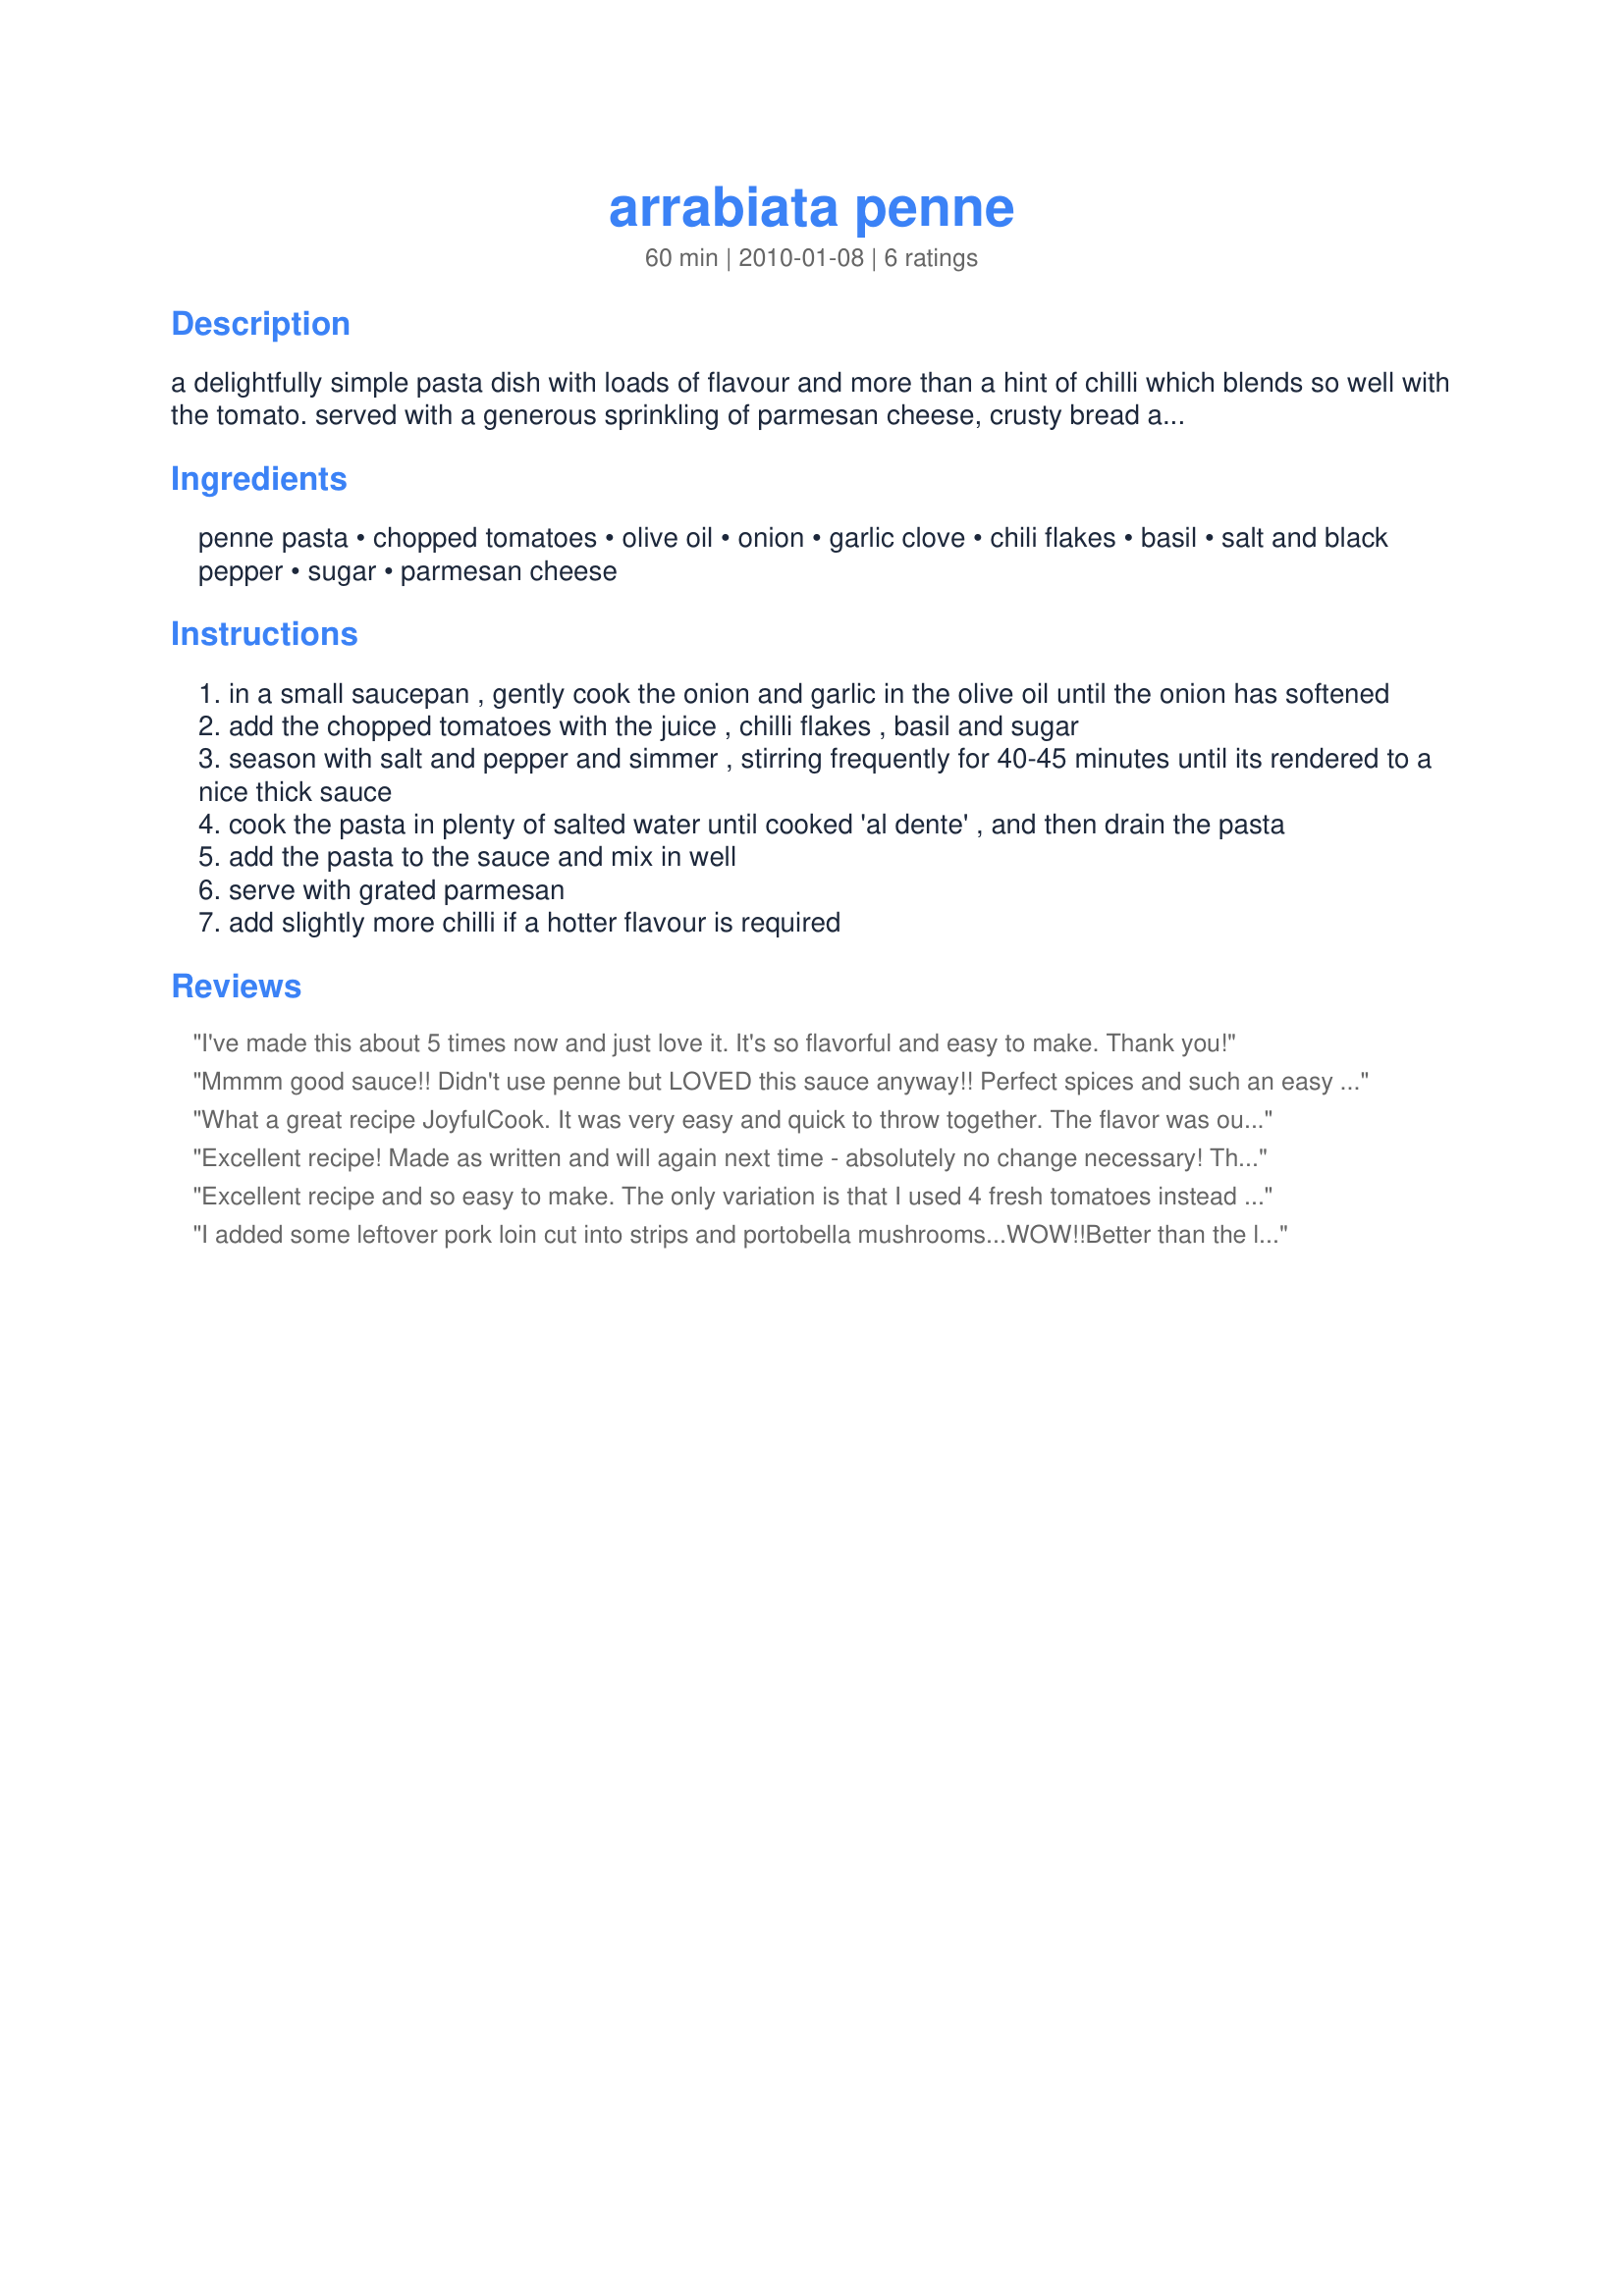
arrabiata penne
Preparation time: 60 minutes

a delightfully simple pasta dish with loads of flavour and more than a hint of chilli which blends so well with the tomato.

served with a generous sprinkling of parmesan cheese, crusty bread and accompanied with a nice glass of red wine. its a meal to linger over.

Ingredients:
penne pasta, chopped tomatoes, olive oil, onion, garlic clove, chili flakes, basil, salt and black pepper, sugar, parmesan cheese

Steps:
in a small saucepan , gently cook the onion and garlic in the olive oil until the onion has softened
add the chopped tomatoes with the juice , chilli flakes , basil and sugar
season with salt and pepper and simmer , stirring frequently for 40-45 minutes until its rendered to a nice thick sauce
cook the pasta in plenty of salted water until cooked 'al dente' , and then drain the pasta
add the pasta to the sauce and mix in well
serve with grated parmesan
add slightly more chilli if a hotter flavour is required

Reviews:
I've made this about 5 times now and just love it. It's so flavorful and easy to make. Thank you!
Mmmm good sauce!! Didn't use penne but LOVED this sauce anyway!! Perfect spices and such an easy sauce to make!! Thanks JoyfulCook!
What a great recipe JoyfulCook. It was very easy and quick to throw together. The flavor was outstanding. You could taste all the individual ingredients. I didn't change a thing, it was perfection, what a wonderful meal served with fresh homemade rolls and slow fried italian sausages. Thank you so much for sharing this keeper, which I will make again and again. :)
Excellent recipe! Made as written and will again next time - absolutely no change necessary! Thanks for sharing your recipe! :)
Excellent recipe and so easy to make. The only variation is that I used 4 fresh tomatoes instead of canned. I had penne arrabiata for dinner at a fancy restaurant the other night and I have been craving it since, and this receipe tasted the same. I'm making it again tomorrow, and the best part is that it's so easy and quick. Thanks for sharing :)
I added some leftover pork loin cut into strips and portobella mushrooms...WOW!!<br/>Better than the local pizzeria which we love.A definite keeper and so easy!
